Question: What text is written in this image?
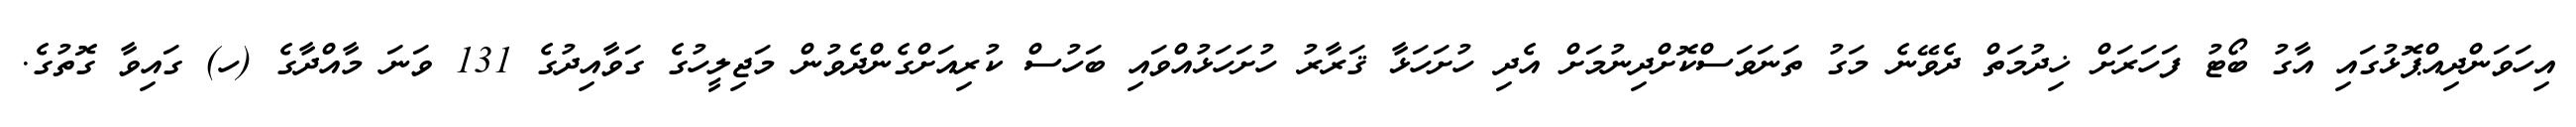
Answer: އިހަވަންދިއްޕޮޅުގައި އާގު ބޯޓު ފަހަރަށް ޚިދުމަތް ދެވޭނެ މަގު ތަނަވަސްކޮށްދިނުމަށް އެދި ހުށަހަޅާ ޤަރާރު ހުށަހަޅުއްވައި ބަހުސް ކުރިއަށްގެންދެވުން މަޖިލީހުގެ ގަވާއިދުގެ 131 ވަނަ މާއްދާގެ (ހ) ގައިވާ ގޮތުގެ.